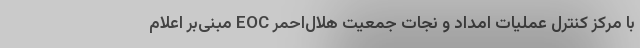
با مرکز کنترل عملیات امداد و نجات جمعیت هلال‌احمر EOC مبنی‌بر اعلام